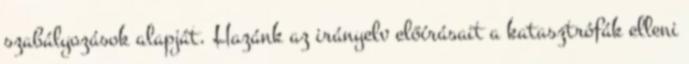
szabályozások alapját. Hazánk az irányelv előírásait a katasztrófák elleni